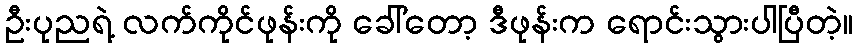
ဦးပုညရဲ့ လက်ကိုင်ဖုန်းကို ခေါ်တော့ ဒီဖုန်းက ရောင်းသွားပါပြီတဲ့။